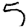
Digit: 5